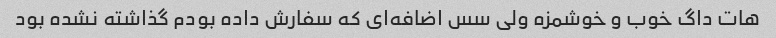
هات داگ خوب و خوشمزه ولی سس اضافه‌ای که سفارش داده بودم گذاشته نشده بود